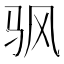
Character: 𬳳